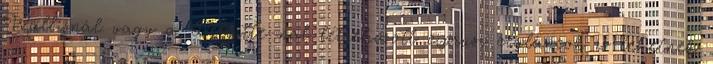
Wallisnál vagy a Deloitte-nál létrehozott ciprusi cégláncok is lehetnek